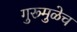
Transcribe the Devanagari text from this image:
गुरूमुळेच